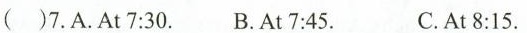
( )7.A.At 7:30. B.At 7:45. C.At 8:15.